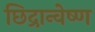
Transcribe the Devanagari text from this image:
छिद्रान्वेष्ण